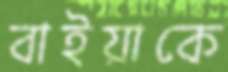
বাইয়াকে